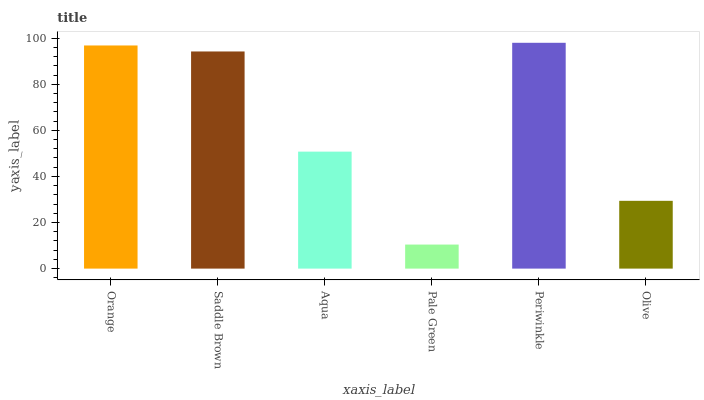
| xaxis_label | bars |
 | --- | --- |
 | Orange | 96.8 |
 | Saddle Brown | 94.2 |
 | Aqua | 50.8 |
 | Pale Green | 10.4 |
 | Periwinkle | 98 |
 | Olive | 29.4 |